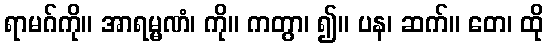
ရာမဂ်ကို။ အာရမ္မဏံ၊ ကို။ ကတွာ၊ ၍။ ပန၊ ဆက်။ တေ၊ ထို